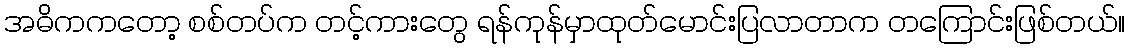
အဓိကကတော့ စစ်တပ်က တင့်ကားတွေ ရန်ကုန်မှာထုတ်မောင်းပြလာတာက တကြောင်းဖြစ်တယ်။